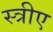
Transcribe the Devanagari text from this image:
स्त्रीए